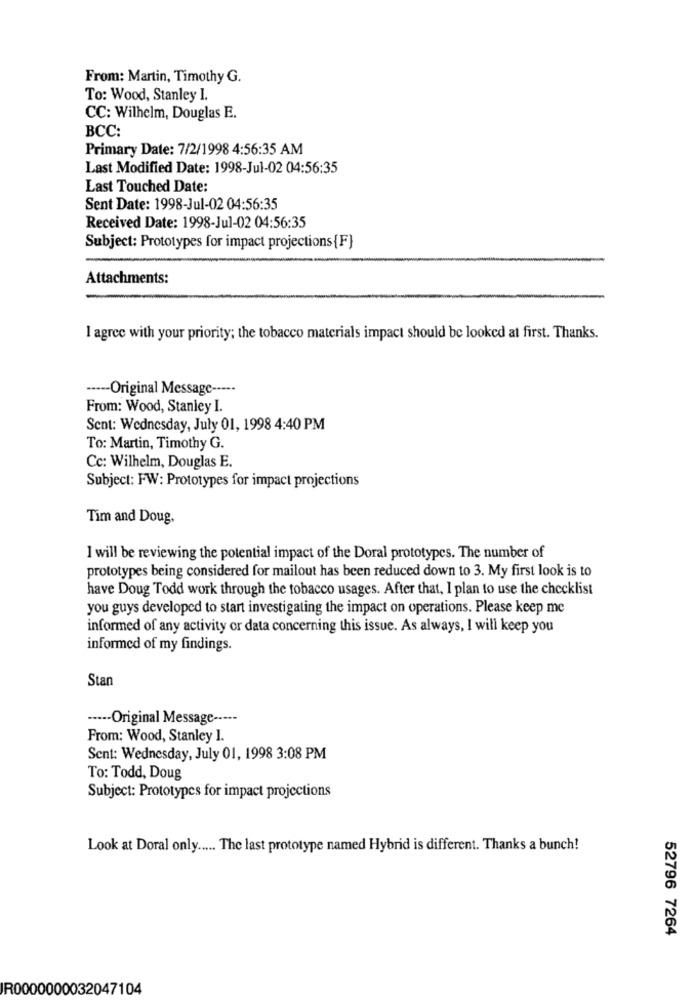
From: Martin, Timothy G.
To: Wood, Stanley I.
CC: Wilhelm, Douglas E.
BCC:
Primary Date: 7/2/1998 4:56:35 AM
Last Modified Date: 1998-Jul-02 04:56:35
Last Touched Date:
Sent Date: 1998-Jul-02 04:56:35
Received Date: 1998-Jul-02 04:56:35
Subject: Prototypes for impact projections{F}
Attachments:
I agree with your priority; the tobacco materials impact should be looked at first. Thanks.
·---- Original Message -----
From: Wood, Stanley I.
Sent: Wednesday, July 01, 1998 4:40 PM
To: Martin, Timothy G.
Cc: Wilhelm, Douglas E.
Subject: FW: Prototypes for impact projections
Tim and Doug,
I will be reviewing the potential impact of the Doral prototypes. The number of
prototypes being considered for mailout has been reduced down to 3. My first look is to
have Doug Todd work through the tobacco usages. After that, I plan to use the checklist
you guys developed to start investigating the impact on operations. Please keep me
informed of any activity or data concerning this issue. As always, I will keep you
informed of my findings.
Stan
----- Original Message -----
From: Wood, Stanley I.
Sent: Wednesday, July 01, 1998 3:08 PM
To: Todd, Doug
Subject: Prototypes for impact projections
Look at Doral only ..... The last prototype named Hybrid is different. Thanks a bunch!
52796 7264
R0000000032047104